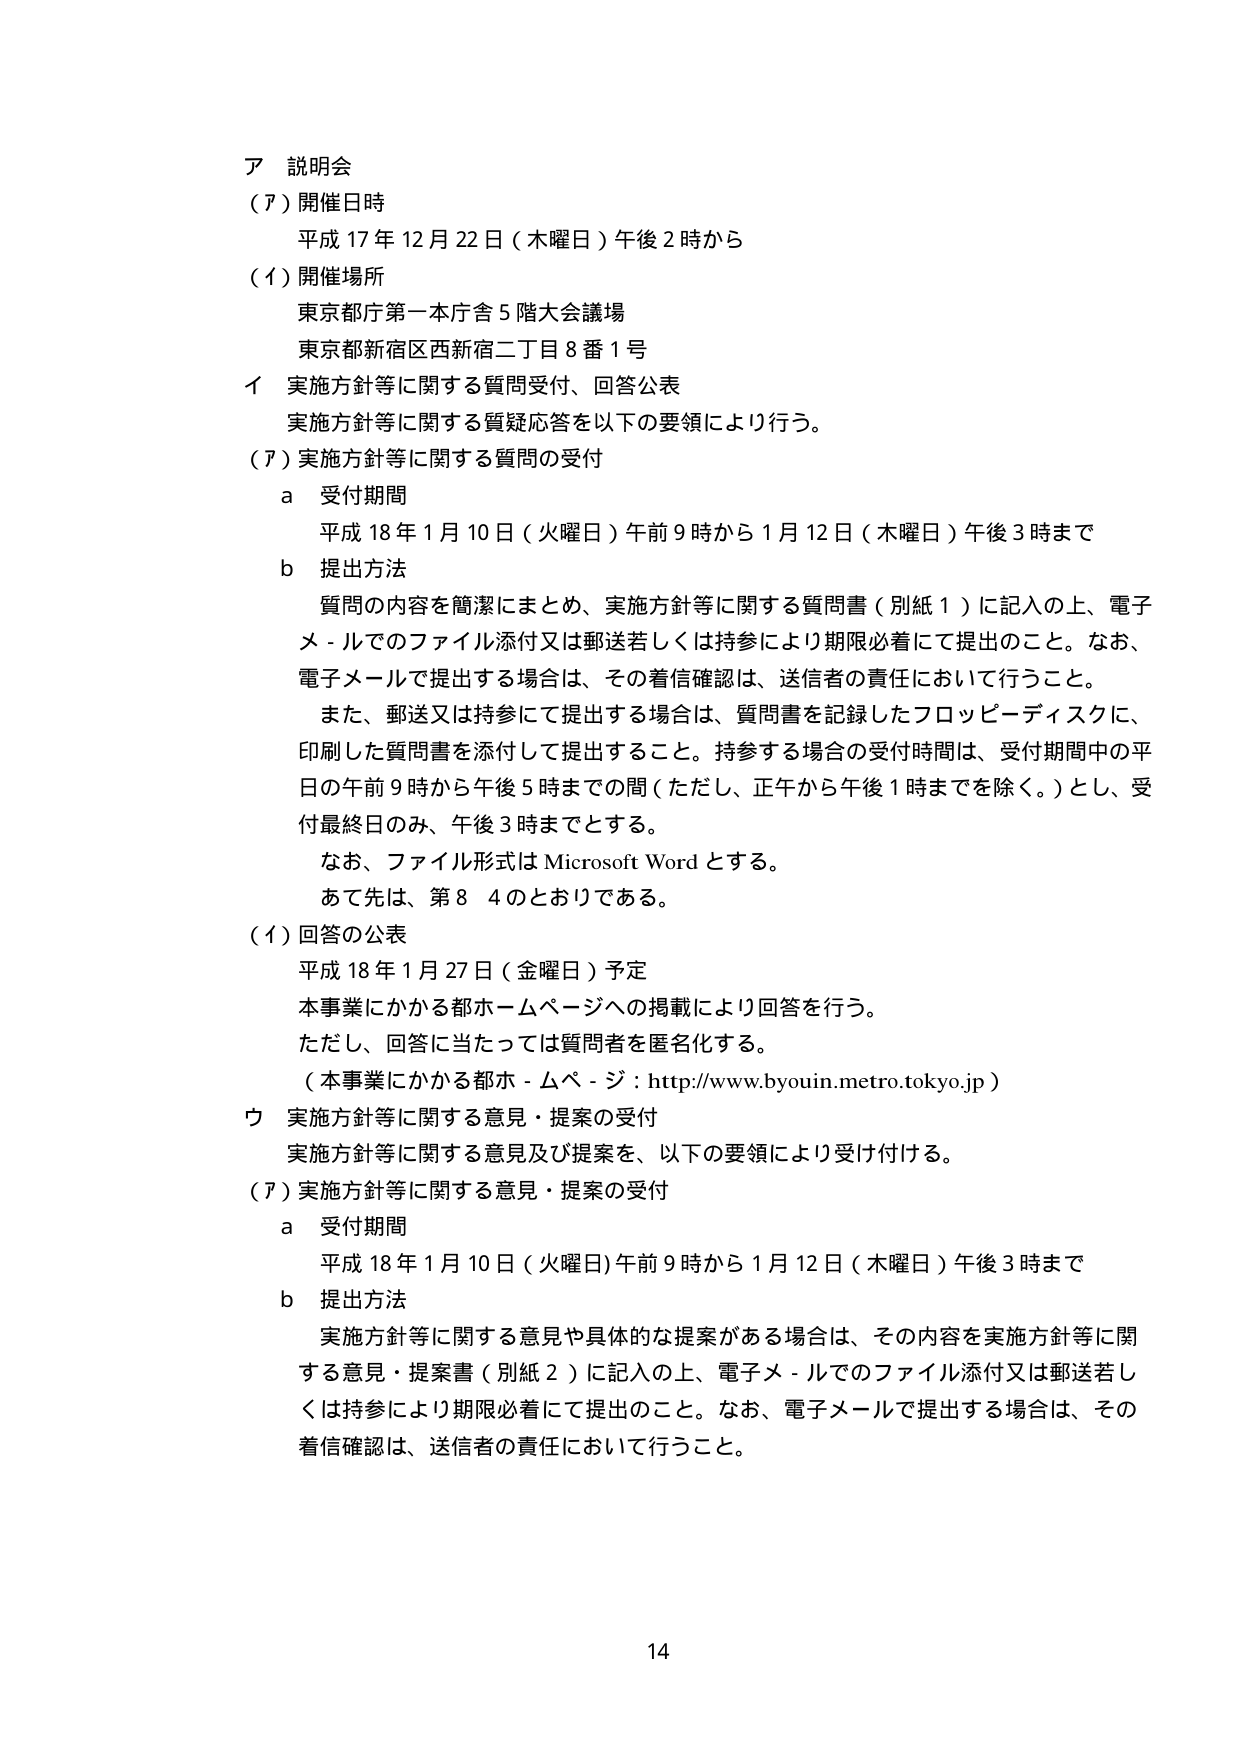
ア 説明会
（ア）開催日時
　平成17年12月22日（木曜日）午後2時から
（イ）開催場所
　東京都庁第一本庁舎5階大会議場
　東京都新宿区西新宿二丁目8番1号
イ 実施方針等に関する質問受付、回答公表
　実施方針等に関する質疑応答を以下の要領により行う。
（ア）実施方針等に関する質問の受付
　a 受付期間
　　平成18年1月10日（火曜日）午前9時から1月12日（木曜日）午後3時まで
　b 提出方法
　　質問の内容を簡潔にまとめ、実施方針等に関する質問書（別紙1）に記入の上、電子メールでのファイル添付又は郵送若しくは持参により期限必着にて提出のこと。なお、電子メールで提出する場合は、その着信確認は、送信者の責任において行うこと。
　　また、郵送又は持参にて提出する場合は、質問書を記録したフロッピーディスクに、印刷した質問書を添付して提出すること。持参する場合の受付時間は、受付期間中の平日の午前9時から午後5時までの間（ただし、正午から午後1時までを除く。）とし、受付最終日のみ、午後3時までとする。
　　なお、ファイル形式はMicrosoft Wordとする。
　　あて先は、第8 4のとおりである。
（イ）回答の公表
　平成18年1月27日（金曜日）予定
　本事業にかかる都ホームページへの掲載により回答を行う。
　ただし、回答に当たっては質問者を匿名化する。
　（本事業にかかる都ホームページ：http://www.byouin.metro.tokyo.jp）
ウ 実施方針等に関する意見・提案の受付
　実施方針等に関する意見及び提案を、以下の要領により受け付ける。
（ア）実施方針等に関する意見・提案の受付
　a 受付期間
　　平成18年1月10日（火曜日）午前9時から1月12日（木曜日）午後3時まで
　b 提出方法
　　実施方針等に関する意見や具体的な提案がある場合は、その内容を実施方針等に関する意見・提案書（別紙2）に記入の上、電子メールでのファイル添付又は郵送若しくは持参により期限必着にて提出のこと。なお、電子メールで提出する場合は、その着信確認は、送信者の責任において行うこと。

14